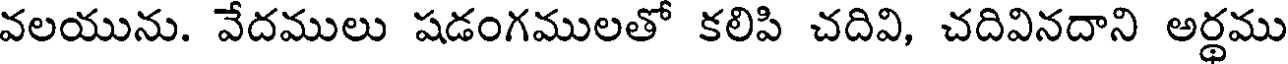
వలయును. వేదములు షడంగములతో కలిపి చదివి, చదివినదాని అర్థము